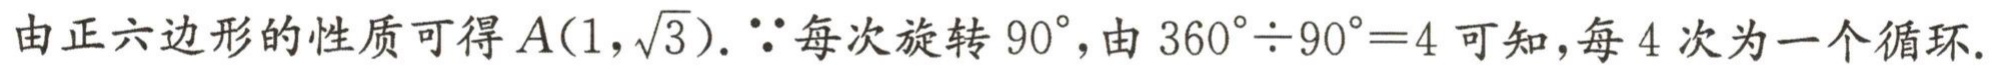
由正六边形的性质可得\(A(1,\sqrt{3})\). \(\because\)每次旋转\(90^{\circ}\)，由\(360^{\circ}\div90^{\circ}=4\)可知，每\(4\)次为一个循环.